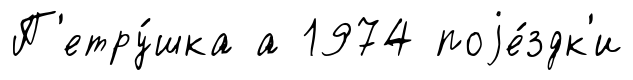
П'етру́шка а 1974 поjе́здк'и